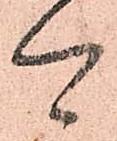
可